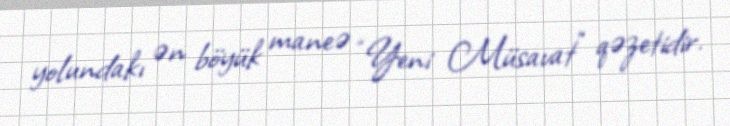
yolundakı ən böyük maneə “Yeni Müsavat” qəzetidir.